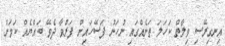
އިނގިރޭސި ވިލާތް ކަހަލަ ތަނެއްގައި ނުހަނު ފަސޭހައިން ފަރުވާ ދެވޭ ބައްޔެއް ކަމަށް